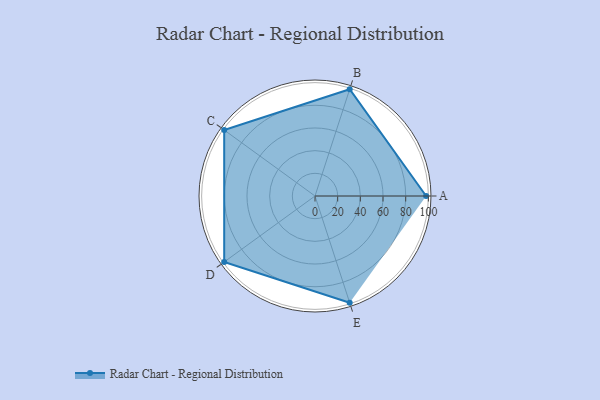
{"axis": {"x": "Skill", "y": "Score"}, "legend": ["Profile"], "data": [{"x": "A", "y": 98.0, "type": "Profile"}, {"x": "B", "y": 99, "type": "Profile"}, {"x": "C", "y": 99, "type": "Profile"}, {"x": "D", "y": 99, "type": "Profile"}, {"x": "E", "y": 99, "type": "Profile"}]}